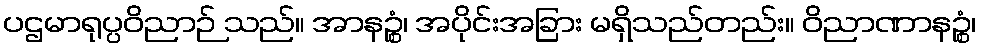
ပဌမာရုပ္ပဝိညာဉ် သည်။ အာနဉ္စံ၊ အပိုင်းအခြား မရှိသည်တည်း။ ဝိညာဏာနဉ္စံ၊